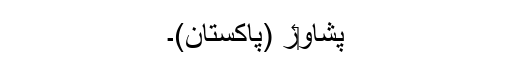
پشاو‏ر (پاکستان)۔